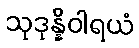
သုဒုန္နိဝါရယံ